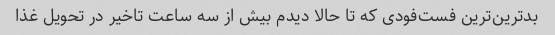
بدترین‌ترین فست‌فودی که تا حالا دیدم بیش از سه ساعت تاخیر در تحویل غذا